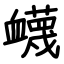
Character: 衊